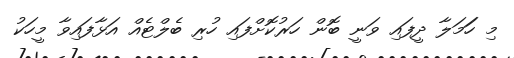
މި ހަަމަލާ ދީފައި ވަނީ ބޮން ހަރުުކޮށްފައި ހުރި ބެލްޓެއް އަޅާފައިވާ މީހަކު